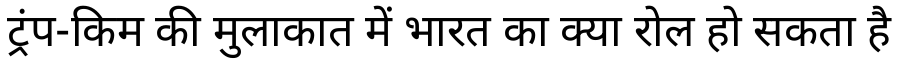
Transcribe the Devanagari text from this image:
ट्रंप-किम की मुलाकात में भारत का क्या रोल हो सकता है